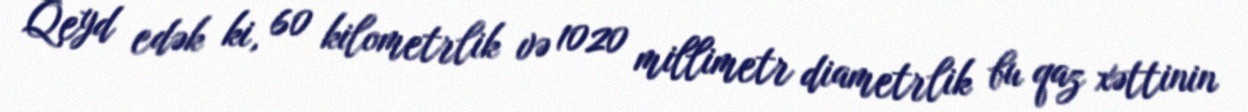
Qeyd edək ki, 60 kilometrlik və 1020 millimetr diametrlik bu qaz xəttinin